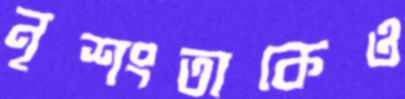
নৃশংতাকেও